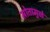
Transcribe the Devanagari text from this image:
स्रोतामुळे